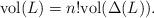
LaTeX: \begin{align*} \textrm{vol}(L)=n!\textrm{vol}(\Delta(L)).\end{align*}